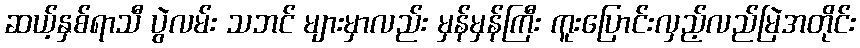
ဆယ့်နှစ်ရာသီ ပွဲလမ်း သဘင် များမှာလည်း မှန်မှန်ကြီး ကူးပြောင်းလှည့်လည်မြဲအတိုင်း